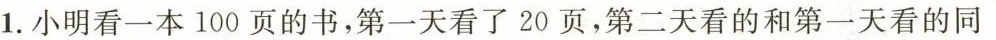
1.小明看一本100页的书，第一天看了20页，第二天看的和第一天看的同